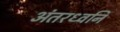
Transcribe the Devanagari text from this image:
अंतरध्वनि